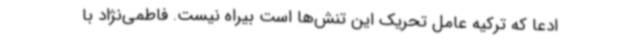
ادعا که ترکیه عامل تحریک این تنش‌ها است بیراه نیست. فاطمی‌نژاد با